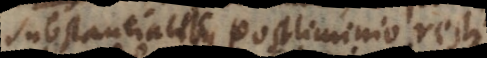
substantiali postliminio restituenda.